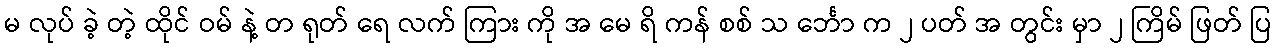
မ လုပ် ခဲ့ တဲ့ ထိုင် ဝမ် နဲ့ တ ရုတ် ရေ လက် ကြား ကို အ မေ ရိ ကန် စစ် သ င်္ဘော က ၂ ပတ် အ တွင်း မှာ ၂ ကြိမ် ဖြတ် ပြ